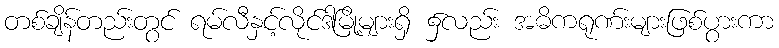
တစ်ချိန်တည်းတွင် ရမ်လီနှင့်လိုင်ဒါမြို့များရှိ ၌လည်း အဓိကရုဏ်းများဖြစ်ပွားကာ